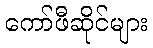
ကော်ဖီဆိုင်များ